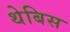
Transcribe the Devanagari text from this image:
थेबिस